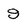
Character: 9